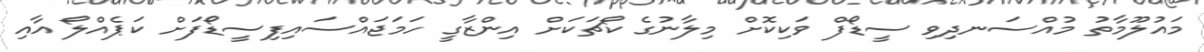
މައުލޫމާތު މުއްސަނދިވި ސީޑޯފް ވަކިކޮށް މިލާނުގެ ކޯޗަކަށް އިންޒާގީ ހަމަޖައްސައިފިސީޑޯފަށް ކަޕެއްލޯ އާއި